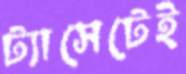
ট্যাসেটেই